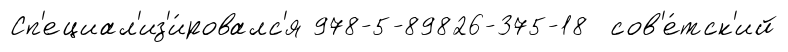
Сп'ециал'из'и́ровалс'я 978-5-89826-375-18 сов'е́тск'ий